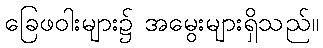
ခြေဖဝါးများ၌ အမွေးများရှိသည်။